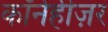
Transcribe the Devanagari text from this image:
कॉर्नहीज़र